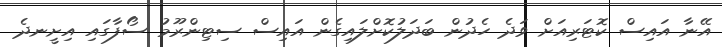
އޭނާ އައިސް ކޮޓަރިއަށް ވަދެ ހެދުން ބަދަލުކޮށްލައިގެން އައިސް ސިޓިންރޫމު ސޯފާގައި އިށީނދެ